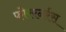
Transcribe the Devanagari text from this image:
फोररनर्रस